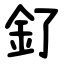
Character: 釕